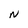
Character: N